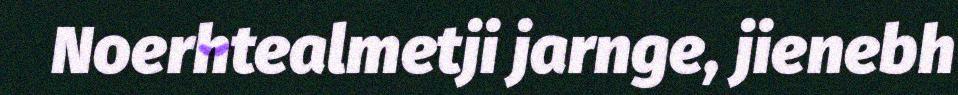
Noerhtealmetji jarnge, jienebh